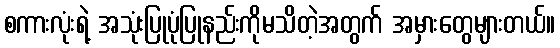
စကားလုံးရဲ့ အသုံးပြုပုံပြုနည်းကိုမသိတဲ့အတွက် အမှားတွေများတယ်။